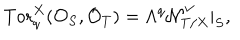
\mathrm { T o r } _ { q } ^ { X } ( { \cal O } _ { S } , { \cal O } _ { T } ) = \Lambda ^ { q } { \cal N } _ { T / X } ^ { \vee } | _ { S } ,